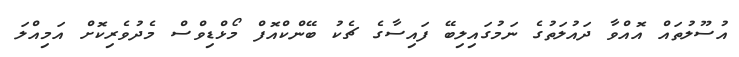
އުސޫލުތައް އޮއްވާ ދައުލަތުގެ ނަމުގައިލިބޭ ފައިސާގެ ޗެކު ބޭންކްއޮފް މޯޅްޑިވްސް މެދުވެރިކޮށް އަމިއްލަ